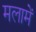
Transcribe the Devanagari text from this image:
मलामें